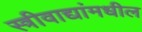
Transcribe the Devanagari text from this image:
स्त्रीवाद्यांमधील